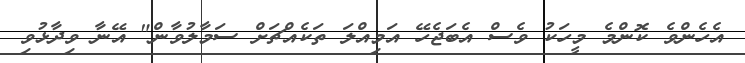
އެހެންވެ ކޮންމެ މީހަކު ވެސް އެބަޖެހޭ އަމިއްލަ ތަކެއްޗަށް ސަމާލުވާން" އޭނާ ވިދާޅުވި